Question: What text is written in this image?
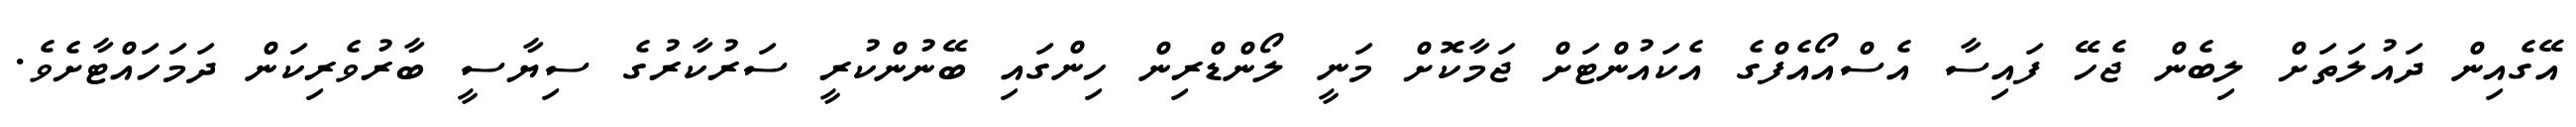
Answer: އޭގެއިން ދައުލަތަށް ލިބެން ޖެހޭ ފައިސާ އެސްއޯއެފްގެ އެކައުންޓަށް ޖަމާކޮށް މަނީ ލޯންޑްރިން ހިންގައި ބޭނުންކުރީ ސަރުކާރުގެ ސިޔާސީ ބާރުވެރިކަން ދަމަހައްޓާށެވެ.